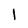
Character: l